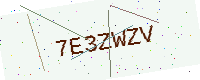
Text: 7E3ZWZV